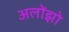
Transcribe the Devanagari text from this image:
अलोंझो